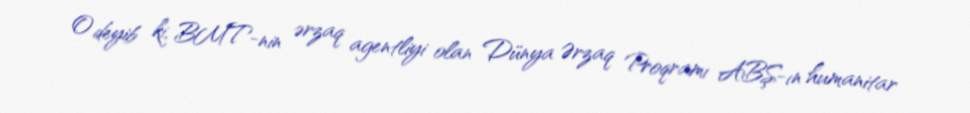
O deyib ki, BMT-nin ərzaq agentliyi olan Dünya Ərzaq Proqramı ABŞ-ın humanitar